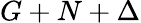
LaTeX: G+N+\Delta